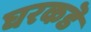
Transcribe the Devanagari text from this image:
घरकडॆ